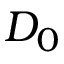
D _ { 0 }